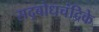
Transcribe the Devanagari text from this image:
सद्बोधचंद्रिके